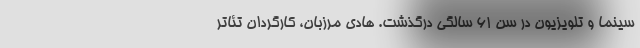
سینما و تلویزیون در سن 61 سالگی درگذشت. هادی مرزبان، کارگردان تئاتر